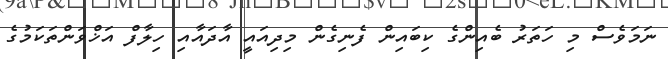
ނަމަވެސް މި ހަތަރު ބެއިންގެ ކިބައިން ފެނިގެން މިދިއައީ އާދައާއި ހިލާފް އަޚްވަންތަކަމުގެ